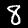
Label: 8